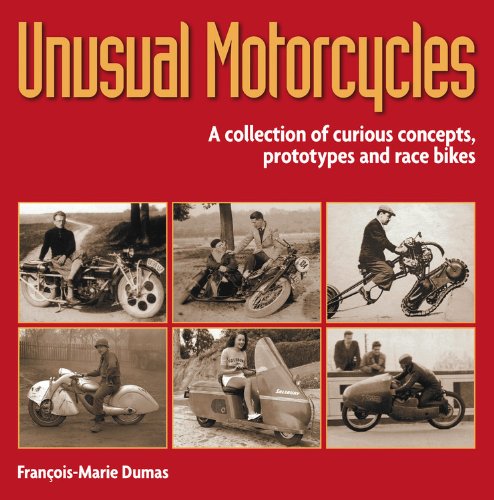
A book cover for Unusual Motorcycles: A Collection of Curious Concepts, Prototypes and Race Bikes; FranCois-Marie Dumas; Arts & Photography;